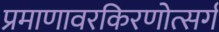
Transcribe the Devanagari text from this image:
प्रमाणावरकिरणोत्सर्ग